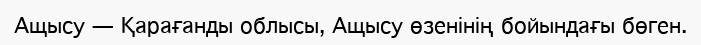
Ащысу — Қарағанды облысы, Ащысу өзенінің бойындағы бөген.